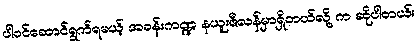
ပါဝင်ဆောင်ရွက်ရမယ့် အခန်းကဏ္ဍ နယူးဇီလန်မှာရှိတယ်လို့ က ဆိုပါတယ်။